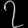
Digit: ၇